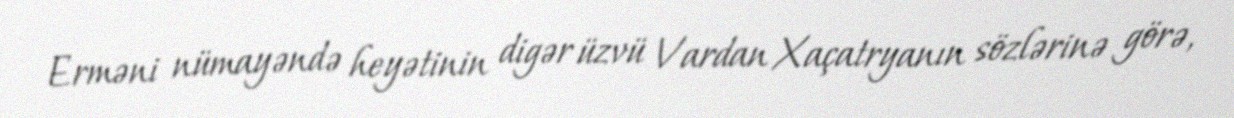
Erməni nümayəndə heyətinin digər üzvü Vardan Xaçatryanın sözlərinə görə,